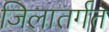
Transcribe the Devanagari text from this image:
जिलातर्गत